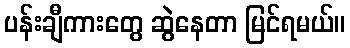
ပန်းချီကားတွေ ဆွဲနေတာ မြင်ရမယ်။